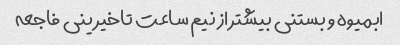
ابمیوه و بستنی بیشتر از نیم ساعت تاخیر ینی فاجعه